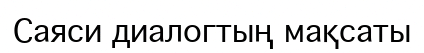
Саяси диалогтың мақсаты